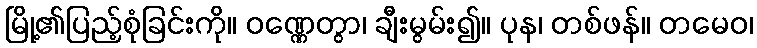
မြို့၏ပြည့်စုံခြင်းကို။ ဝဏ္ဏေတွာ၊ ချီးမွမ်း၍။ ပုန၊ တစ်ဖန်။ တမေဝ၊